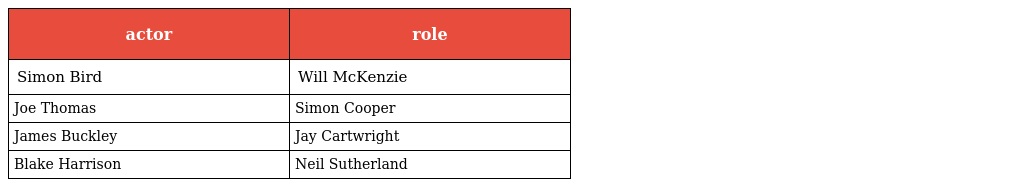
| actor | role |
 | --- | --- |
 | Simon Bird | Will McKenzie |
 | Joe Thomas | Simon Cooper |
 | James Buckley | Jay Cartwright |
 | Blake Harrison | Neil Sutherland |